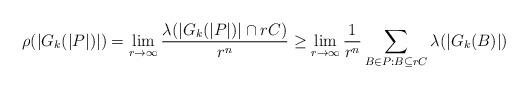
LaTeX: \begin{align*}\rho(|G_k(|P|)|) = \lim_{r \to \infty} \frac{\lambda(|G_k(|P|)| \cap r C)}{r^n} \geq \lim_{r \to \infty} \frac{1}{r^n} \sum_{B \in P : B \subseteq rC} \lambda(|G_k(B)|)\end{align*}